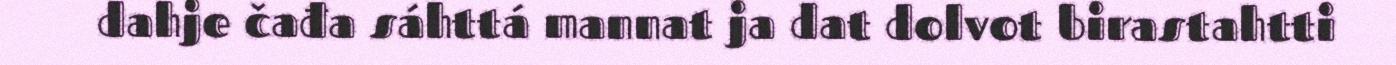
dahje čađa sáhttá mannat ja dat dolvot birastahtti